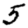
Digit: 5